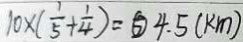
1 0 \times ( \frac { 1 } { 5 } + \frac { 1 } { 4 } ) = \textcircled { > } 4 . 5 ( k m )